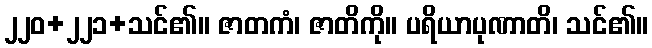
၂၂၀+၂၂၁+သင်၏။ ဇာတကံ၊ ဇာတိကို။ ပရိယာပုဏာတိ၊ သင်၏။